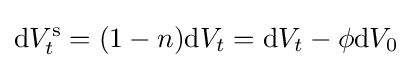
\mathrm {d} V_{t}^{\mathrm {s} }=(1-n)\mathrm {d} V_{t}=\mathrm {d} V_{t}-\phi \mathrm {d} V_{0}